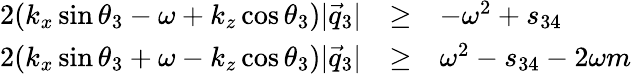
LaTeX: \begin{array}{lll}{{2(k_{x}\sin\theta_{3}-\omega+k_{z}\cos\theta_{3})|\vec{q}_{3}|}}&{{\ge}}&{{-\omega^{2}+s_{34}}}\\ {{2(k_{x}\sin\theta_{3}+\omega-k_{z}\cos\theta_{3})|\vec{q}_{3}|}}&{{\ge}}&{{\omega^{2}-s_{34}-2\omega m}}\end{array}